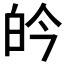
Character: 𮵄